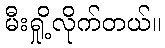
မီးရှို့လိုက်တယ်။